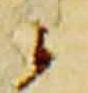
云